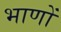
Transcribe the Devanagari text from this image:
भाणों